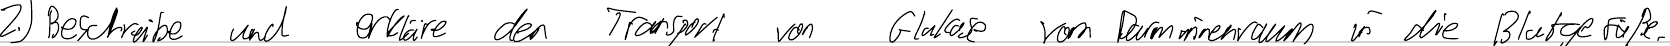
2.) Beschreibe und erkläre den Transport von Glukose vom Darminnenraum in die Blutgefäße.